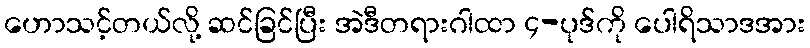
ဟောသင့်တယ်လို့ ဆင်ခြင်ပြီး အဲဒီတရားဂါထာ ၄-ပုဒ်ကို ပေါရိသာဒအား